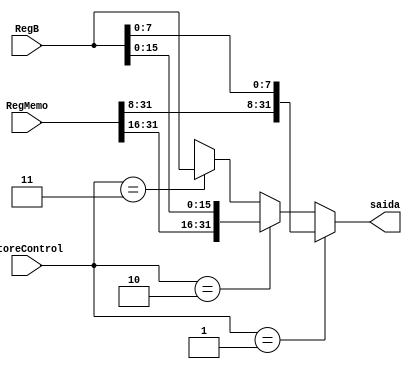
module Store (
    input wire [31:0] RegMemo, RegB, input wire [1:0] StoreControl, output wire [31:0] saida);
    
    assign  saida = (StoreControl == 1)? {RegMemo[31:8], RegB[7:0]} :
                    (StoreControl == 2)? {RegMemo[31:16], RegB[15:0]} :
                    (StoreControl == 3)? RegB :
                    32'hxxxxxxxx;

endmodule